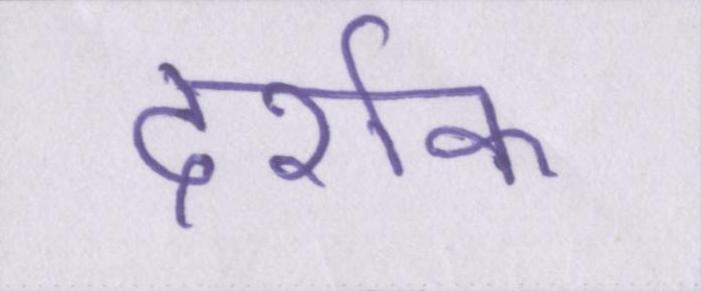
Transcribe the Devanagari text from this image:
दर्शक